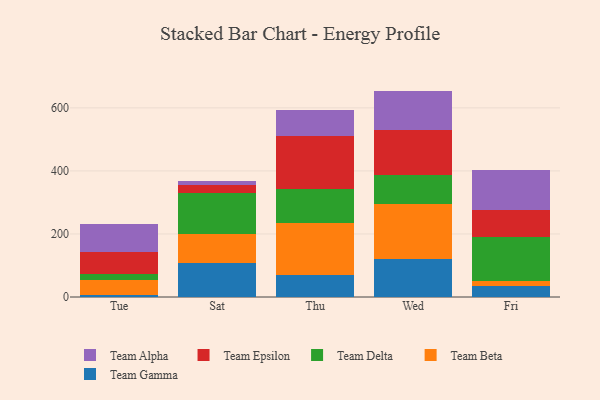
{"axis": {"x": "Day", "y": "Revenue (USD Million)"}, "legend": ["Team Alpha", "Team Beta", "Team Delta", "Team Epsilon", "Team Gamma"], "data": [{"x": "Tue", "y": 6.8, "type": "Team Gamma"}, {"x": "Tue", "y": 46.9, "type": "Team Beta"}, {"x": "Tue", "y": 18.8, "type": "Team Delta"}, {"x": "Tue", "y": 68.8, "type": "Team Epsilon"}, {"x": "Tue", "y": 89.8, "type": "Team Alpha"}, {"x": "Sat", "y": 106.3, "type": "Team Gamma"}, {"x": "Sat", "y": 94.8, "type": "Team Beta"}, {"x": "Sat", "y": 127.4, "type": "Team Delta"}, {"x": "Sat", "y": 27.5, "type": "Team Epsilon"}, {"x": "Sat", "y": 12.4, "type": "Team Alpha"}, {"x": "Thu", "y": 71.0, "type": "Team Gamma"}, {"x": "Thu", "y": 163.1, "type": "Team Beta"}, {"x": "Thu", "y": 107.0, "type": "Team Delta"}, {"x": "Thu", "y": 169.7, "type": "Team Epsilon"}, {"x": "Thu", "y": 81.9, "type": "Team Alpha"}, {"x": "Wed", "y": 120.0, "type": "Team Gamma"}, {"x": "Wed", "y": 173.9, "type": "Team Beta"}, {"x": "Wed", "y": 92.1, "type": "Team Delta"}, {"x": "Wed", "y": 145.1, "type": "Team Epsilon"}, {"x": "Wed", "y": 122.9, "type": "Team Alpha"}, {"x": "Fri", "y": 36.4, "type": "Team Gamma"}, {"x": "Fri", "y": 13.4, "type": "Team Beta"}, {"x": "Fri", "y": 140.1, "type": "Team Delta"}, {"x": "Fri", "y": 86.2, "type": "Team Epsilon"}, {"x": "Fri", "y": 126.6, "type": "Team Alpha"}]}